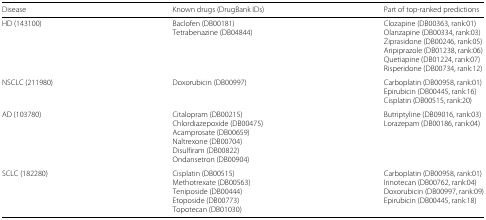
<table><thead><tr><td><b>Disease</b></td><td><b>Known drugs (DrugBank IDs)</b></td><td><b>Part of top-ranked predictions</b></td></tr></thead><tbody><tr><td>HD (143100)</td><td>Baclofen (DB00181)</td><td>Clozapine (DB00363, rank:01)</td></tr><tr><td></td><td>Tetrabenazine (DB04844)</td><td>Olanzapine (DB00334, rank:03)</td></tr><tr><td></td><td></td><td>Ziprasidone (DB00246, rank:05)</td></tr><tr><td></td><td></td><td>Aripiprazole (DB01238, rank:06)</td></tr><tr><td></td><td></td><td>Quetiapine (DB01224, rank:07)</td></tr><tr><td></td><td></td><td>Risperidone (DB00734, rank:12)</td></tr><tr><td>NSCLC (211980)</td><td>Doxorubicin (DB00997)</td><td>Carboplatin (DB00958, rank:01)</td></tr><tr><td></td><td></td><td>Epirubicin (DB00445, rank:16)</td></tr><tr><td></td><td></td><td>Cisplatin (DB00515, rank:20)</td></tr><tr><td>AD (103780)</td><td>Citalopram (DB00215)</td><td>Butriptyline (DB09016, rank:03)</td></tr><tr><td></td><td>Chlordiazepoxide (DB00475)</td><td>Lorazepam (DB00186, rank:04)</td></tr><tr><td></td><td>Acamprosate (DB00659)</td><td></td></tr><tr><td></td><td>Naltrexone (DB00704)</td><td></td></tr><tr><td></td><td>Disulfiram (DB00822)</td><td></td></tr><tr><td></td><td>Ondansetron (DB00904)</td><td></td></tr><tr><td>SCLC (182280)</td><td>Cisplatin (DB00515)</td><td>Carboplatin (DB00958, rank:01)</td></tr><tr><td></td><td>Methotrexate (DB00563)</td><td>Irinotecan (DB00762, rank:04)</td></tr><tr><td></td><td>Teniposide (DB00444)</td><td>Doxorubicin (DB00997, rank:09)</td></tr><tr><td></td><td>Etoposide (DB00773)</td><td>Epirubicin (DB00445, rank:18)</td></tr><tr><td></td><td>Topotecan (DB01030)</td><td></td></tr></tbody></table>